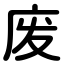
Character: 废